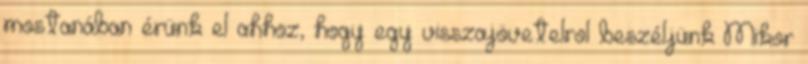
mostanában érünk el ahhoz, hogy egy visszajövetelrol beszéljünk Mikor